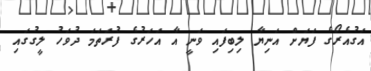
އަގުއެރޯގެ ފަޔަށް އަނިޔާ ލިބިފައި ވަނީ އާ އަހަރުގެ ފުރަތަމަ ދުވަހު ލީގުގައި